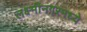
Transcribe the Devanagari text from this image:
लक्ष्मीनगरमध्ये